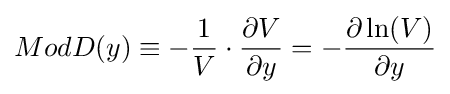
ModD(y)\equiv -{\frac {1}{V}}\cdot {\frac {\partial V}{\partial y}}=-{\frac {\partial \ln(V)}{\partial y}}